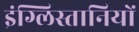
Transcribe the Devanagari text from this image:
इंग्लिस्तानियों